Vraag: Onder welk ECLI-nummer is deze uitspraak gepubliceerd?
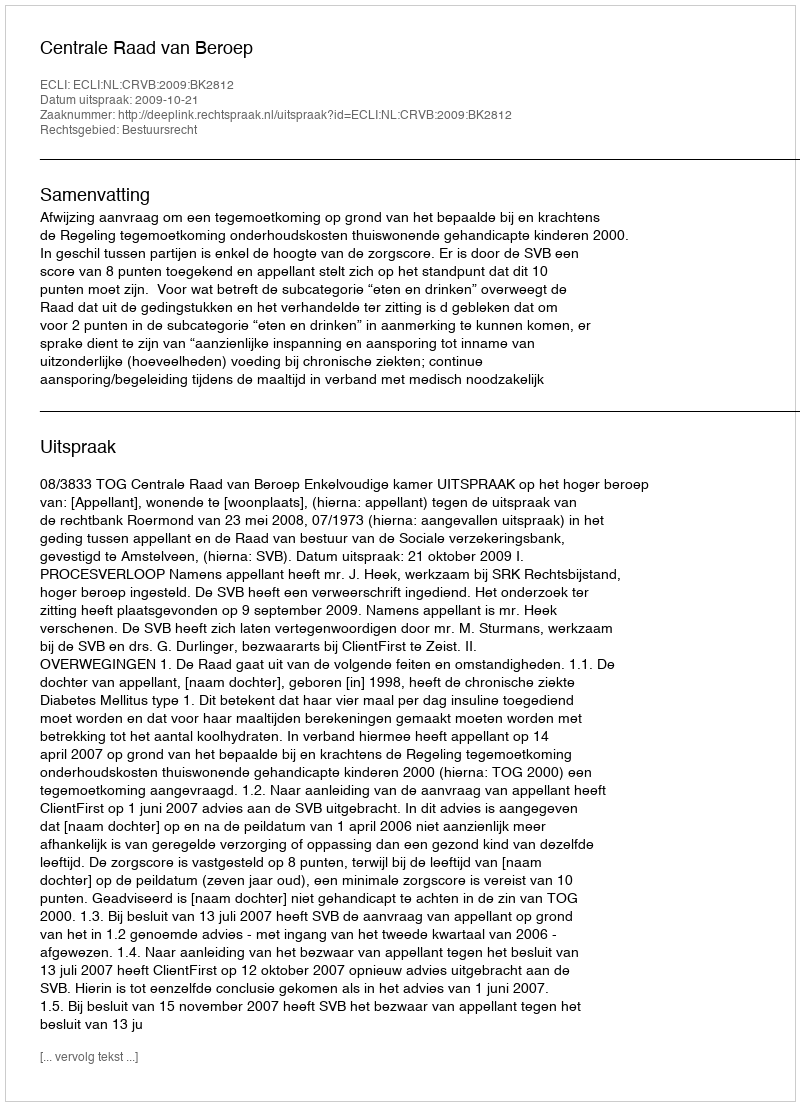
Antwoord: ECLI:NL:CRVB:2009:BK2812